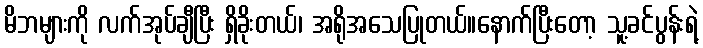
မိဘများကို လက်အုပ်ချီပြီး ရှိခိုးတယ်၊ အရိုအသေပြုတယ်။နောက်ပြီးတော့ သူ့ခင်ပွန်းရဲ့